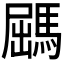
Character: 𩣹